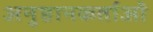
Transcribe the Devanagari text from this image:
अनुष्ठानकर्ताओं